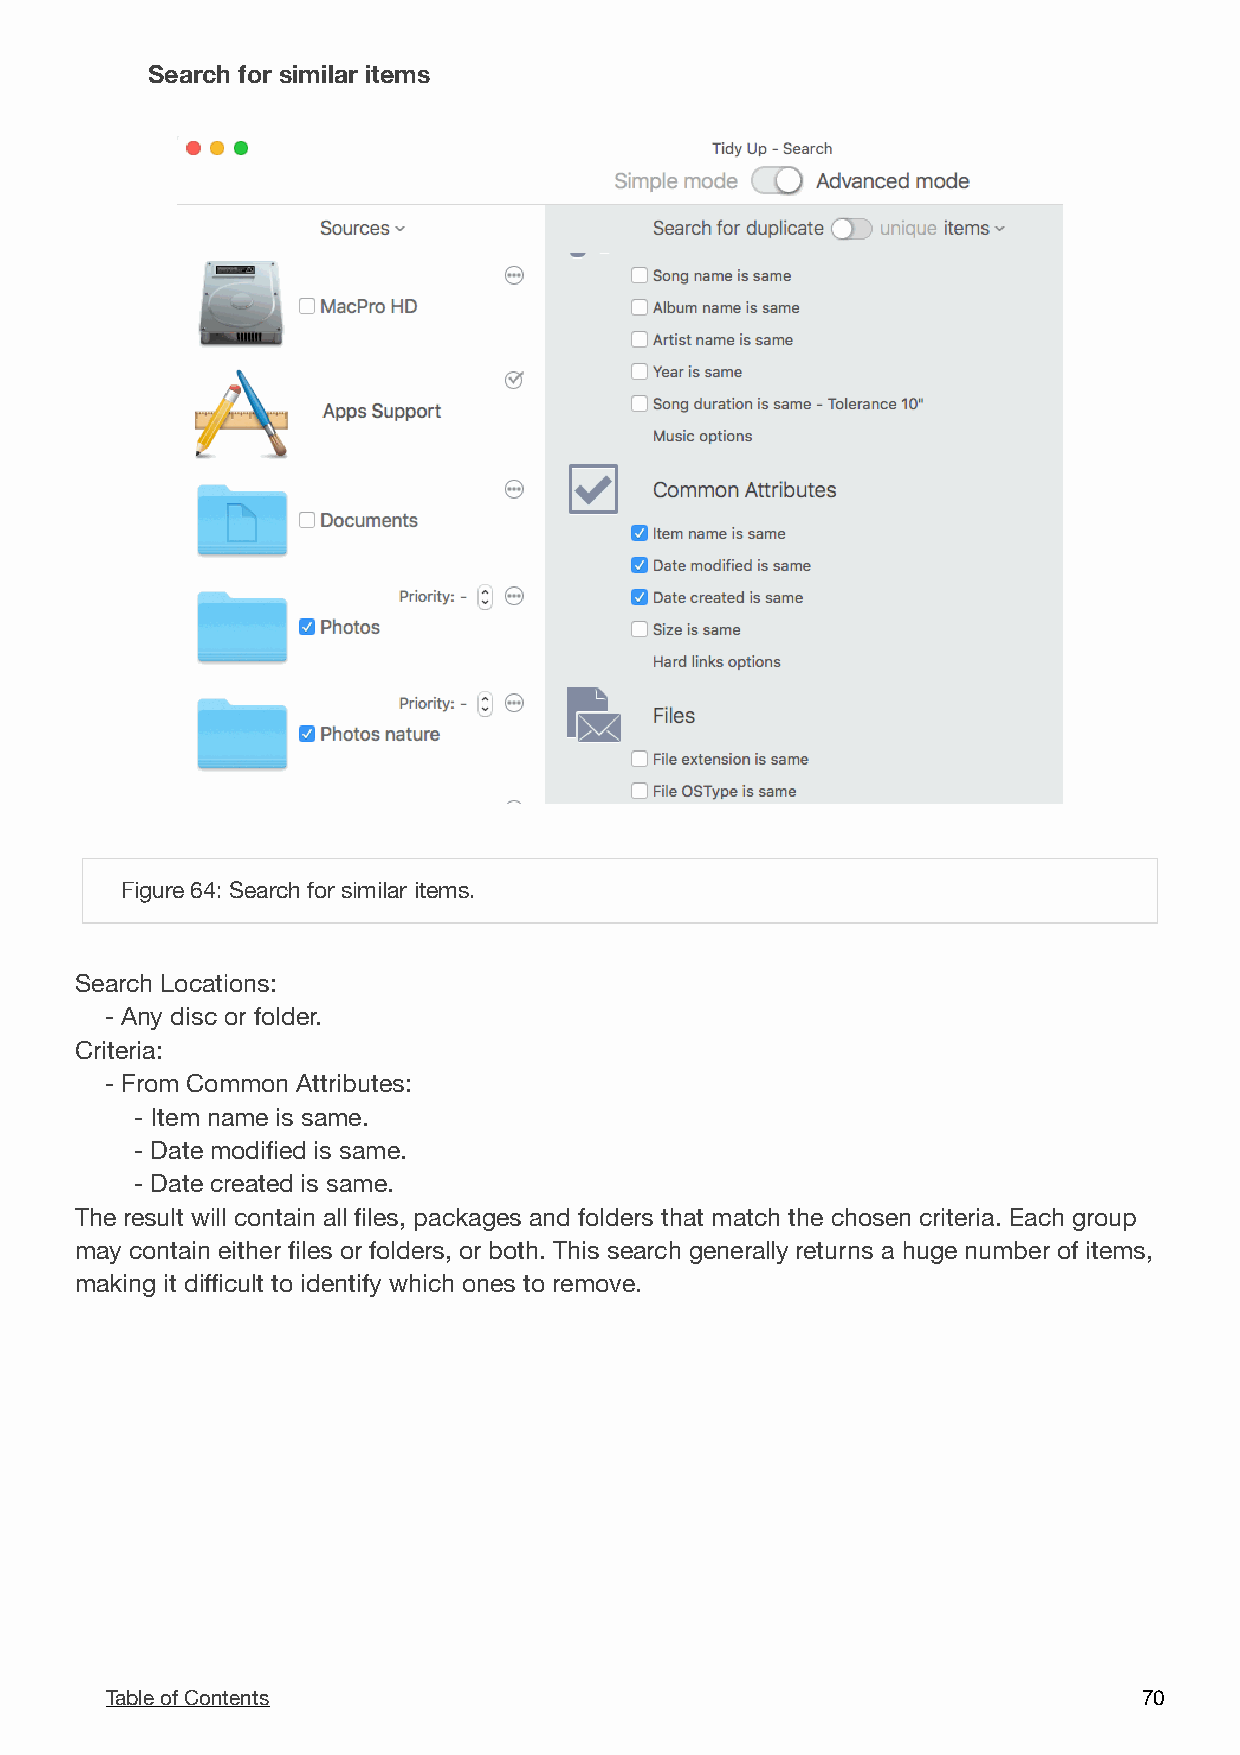
Search for similar items
 !
 Figure 64: Search for similar items.
 Search Locations:
 - Any disc or folder.
 Criteria:
 - From Common Attributes:
 - Item name is same.
 - Date modified is same.
 - Date created is same.
 The result will contain all files, packages and folders that match the chosen criteria. Each group
 may contain either files or folders, or both. This search generally returns a huge number of items,
 making it difficult to identify which ones to remove.
 Table of Contents                                                    7 0